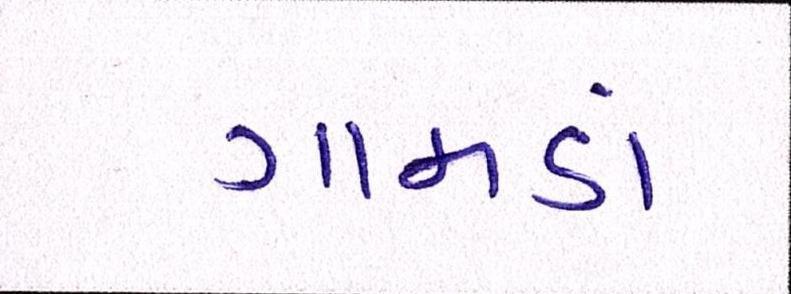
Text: ગામડાં